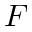
F